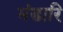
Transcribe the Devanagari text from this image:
भंडारि